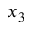
x _ { 3 }